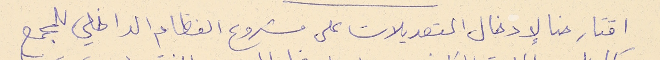
اقتارحنا لإدخال التعديلات على مشروع النظام الداخلي للمجمع